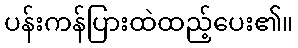
ပန်းကန်ပြားထဲထည့်ပေး၏။